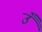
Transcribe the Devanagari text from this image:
उँ